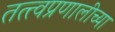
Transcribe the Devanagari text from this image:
तत्त्वप्रणालीच्या